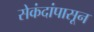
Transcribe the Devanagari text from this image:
सेकंदांपासून